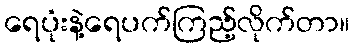
ရေပုံးနဲ့ရေပက်ကြည့်လိုက်တာ။